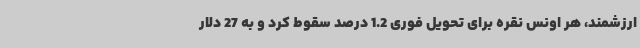
ارزشمند، هر اونس نقره برای تحویل فوری 1.2 درصد سقوط کرد و به 27 دلار